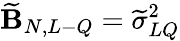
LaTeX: \widetilde{\mathbf B}_{N,L-Q}=\widetilde\sigma_{LQ}^{2}